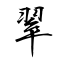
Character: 翠